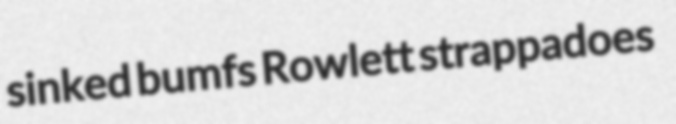
sinked bumfs Rowlett strappadoes